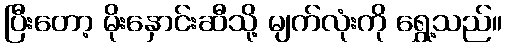
ပြီးတော့ မိုးနှောင်းဆီသို့ မျက်လုံးကို ရွှေ့သည်။